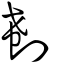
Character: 𠜗